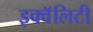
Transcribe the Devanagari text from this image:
इक्वॅलिटी